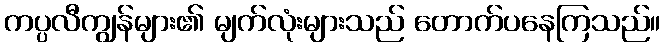
ကပ္ပလီကျွန်များ၏ မျက်လုံးများသည် တောက်ပနေကြသည်။